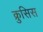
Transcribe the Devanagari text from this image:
क्रुसिस